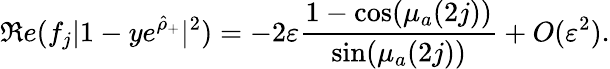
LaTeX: \Re e(f_{j}|1-ye^{\hat{\rho}_{+}}|^{2})=-2\varepsilon\frac{1-\cos(\mu_{a}(2j))}{\sin(\mu_{a}(2j))}+O(\varepsilon^{2}).